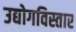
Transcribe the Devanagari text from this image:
उद्योगविस्तार